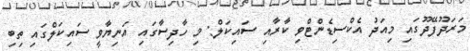
މަރަދޫފޭދޫގައި މިއަދު އެކްސިޑެންޓްވި ކާރާއި ސައިކަލް: މި ހާދިސާގައި އަނިޔާވީ ސައިކަލްގައި ތިބި